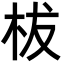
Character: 柭